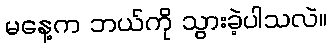
မနေ့က ဘယ်ကို သွားခဲ့ပါသလဲ။